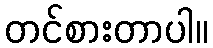
တင်စားတာပါ။